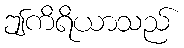
ဤကိရိယာသည်